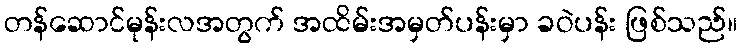
တန်ဆောင်မုန်းလအတွက် အထိမ်းအမှတ်ပန်းမှာ ခဝဲပန်း ဖြစ်သည်။